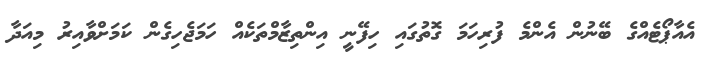
އެއާޕޯޓެއްގެ ބޭނުން އެންމެ ފުރިހަމަ ގޮތުގައި ހިފޭނީ އިންތިޒާމްތަކެއް ހަމަޖެހިގެން ކަމަށްވާއިރު މިއަދާ